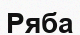
Ряба